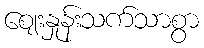
ဈေးနှုန်းသက်သာစွာ